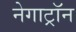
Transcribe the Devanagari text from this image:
नेगाट्रॉन